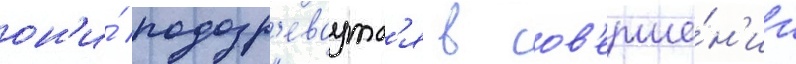
он'и́ подозр'еваутс'я в сов'ерше́н'ии